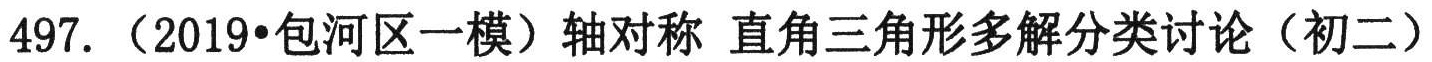
497. （2019•包河区一模）轴对称 直角三角形多解分类讨论（初二）